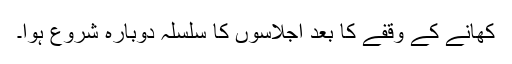
کھانے کے وقفے کا بعد اجلاسوں کا سلسلہ دوبارہ شروع ہوا۔